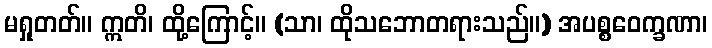
မရှုတတ်။ ဣတိ၊ ထို့ကြောင့်။ (သာ၊ ထိုသဘောတရားသည်။) အပစ္စဝေက္ခဏာ၊